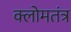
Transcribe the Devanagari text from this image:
क्लोमतंत्र